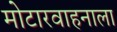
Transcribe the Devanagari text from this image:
मोटारवाहनाला